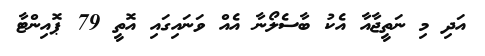
އަދި މި ނަތީޖާއާ އެކު ބާސެލޯނާ އެއް ވަނައިގައި އޮތީ 79 ޕޮއިންޓާ